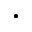
\cdot